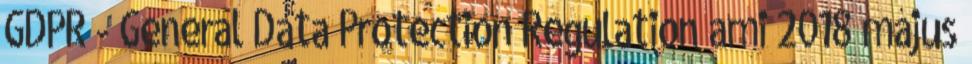
GDPR - General Data Protection Regulation ami 2018 május